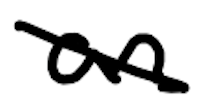
Text: an
Cross-out: diagonal
Writing tool: digital_black